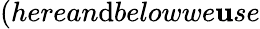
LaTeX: (herean\mathrm{d}belowwe\mathbf{u}se